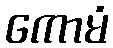
ကောမံ